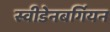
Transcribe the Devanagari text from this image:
स्वीडेनबर्गियन